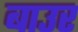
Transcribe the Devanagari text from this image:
बाउर